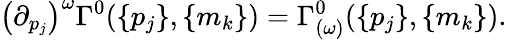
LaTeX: \left({\partial}_{p_{j}}\right)^{\omega}\Gamma^{0}(\{ p_{j}\} ,\{ m_{k}\} )=\Gamma_{(\omega)}^{0}(\{ p_{j}\} ,\{ m_{k}\} ).